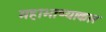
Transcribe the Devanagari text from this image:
महाभाष्याकार